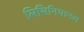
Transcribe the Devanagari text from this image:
लिसिनियानस